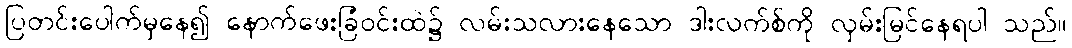
ပြတင်းပေါက်မှနေ၍ နောက်ဖေးခြံဝင်းထဲ၌ လမ်းသလားနေသော ဒါးလက်စ်ကို လှမ်းမြင်နေရပါ သည်။